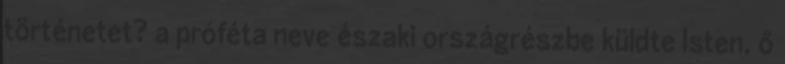
történetet? a próféta neve északi országrészbe küldte Isten, ő